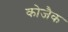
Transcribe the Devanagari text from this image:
कोजैक